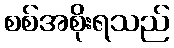
စစ်အစိုးရသည်